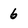
Character: 6